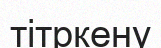
тітркену